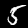
Label: 5